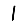
Digit: 1